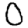
Digit: 0